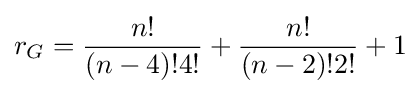
r_{G}={\frac {n!}{(n-4)!4!}}+{\frac {n!}{(n-2)!2!}}+1